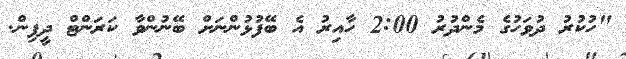
"ހުކުރު ދުވަހުގެ މެންދުރު 2:00 ހާއިރު އެ ބޭފުޅުންނަށް ބޭނުންވާ ކަރަންޓް ދީފިން.